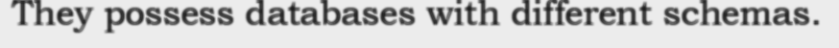
They possess databases with different schemas.